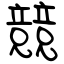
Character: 競